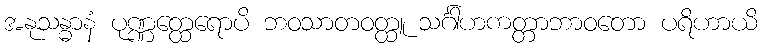
အနုသန္ဓာနံ ပုဏ္ဏတ္ထေရောပိ ဘဝသာတဝတ္ထူ သင်္ဂါဟကတ္တာဘာဝတော ပရိဟာယိ